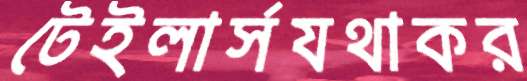
টেইলার্সযথাকর